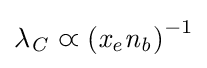
\lambda _{\mathit {C}}\varpropto {({\mathit {x}}_{\mathit {e}}{\mathit {n}}_{\mathit {b}})}^{-1}